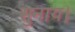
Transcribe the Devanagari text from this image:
सुनाय।